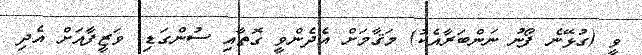
ވީ (ގުޅޭނެ ފޯނު ނަންބަރާއެކު) މަޤާމަށް އެދެންވީ ގޮތާއި ސުންގަޑި: ވަޒީފާއަށް އެދި